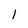
Character: 1